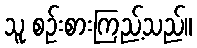
သူ စဉ်းစားကြည့်သည်။